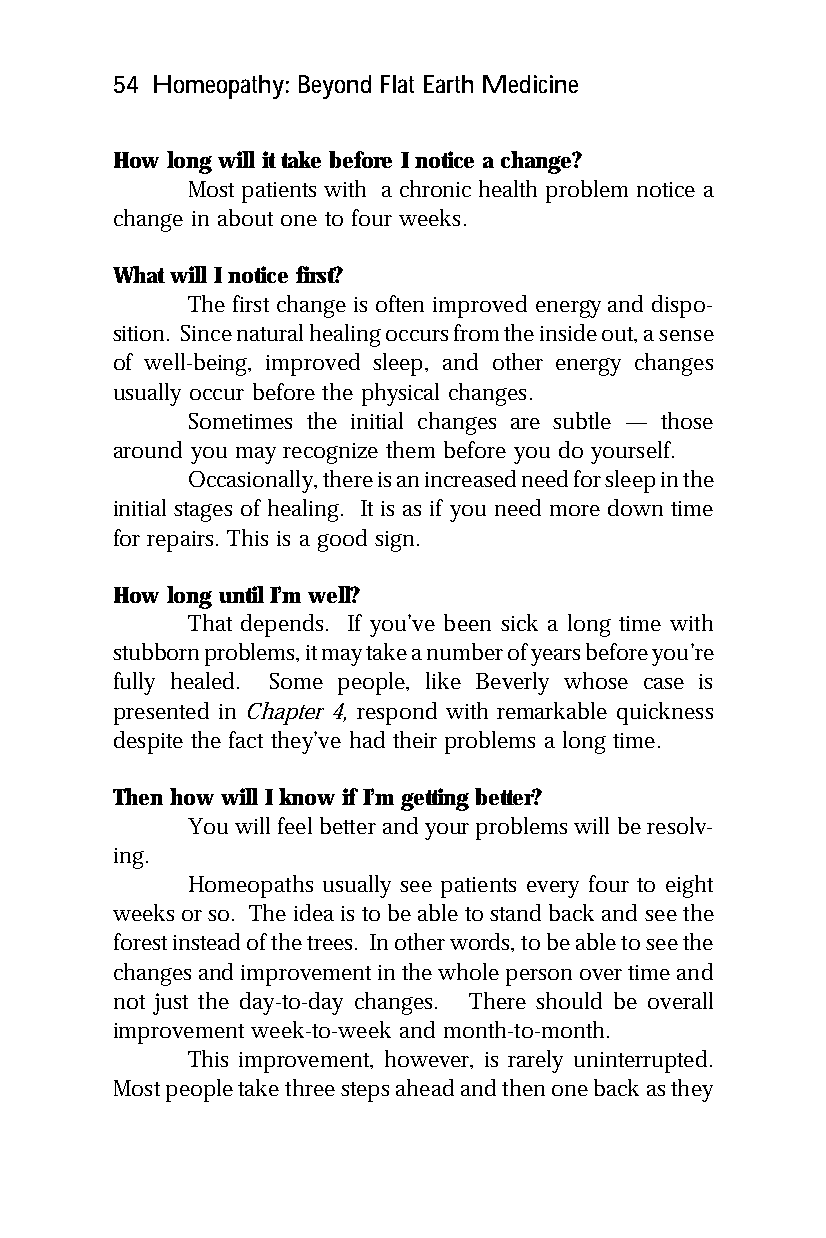
54 Homeopathy: Beyond Flat Earth Medicine
 How long will it take before I notice a change?
 Most patients with a chronic health problem notice a
 change in about one to four weeks.
 What will I notice first?
 The first change is often improved energy and dispo-
 sition. Since natural healing occurs from the inside out, a sense
 of well-being, improved sleep, and other energy changes
 usually occur before the physical changes.
 Sometimes the initial changes are subtle — those
 around you may recognize them before you do yourself.
 Occasionally, there is an increased need for sleep in the
 initial stages of healing. It is as if you need more down time
 for repairs. This is a good sign.
 How long until I’m well?
 That depends. If you’ve been sick a long time with
 stubborn problems, it may take a number of years before you’re
 fully healed. Some people, like Beverly whose case is
 presented in Chapter 4, respond with remarkable quickness
 despite the fact they’ve had their problems a long time.
 Then how will I know if I’m getting better?
 You will feel better and your problems will be resolv-
 ing.
 Homeopaths usually see patients every four to eight
 weeks or so. The idea is to be able to stand back and see the
 forest instead of the trees. In other words, to be able to see the
 changes and improvement in the whole person over time and
 not just the day-to-day changes. There should be overall
 improvement week-to-week and month-to-month.
 This improvement, however, is rarely uninterrupted.
 Most people take three steps ahead and then one back as they